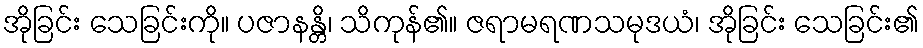
အိုခြင်း သေခြင်းကို။ ပဇာနန္တိ၊ သိကုန်၏။ ဇရာမရဏသမုဒယံ၊ အိုခြင်း သေခြင်း၏